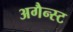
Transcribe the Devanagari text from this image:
अगैन्स्ट